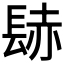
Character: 𨲂